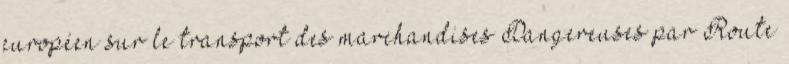
européen sur le transport des marchandises Dangereuses par Route